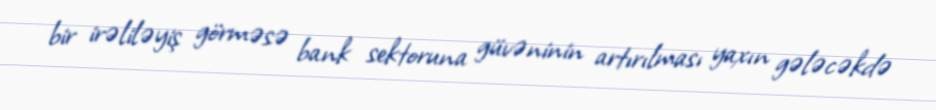
bir irəliləyiş görməsə bank sektoruna güvəninin artırılması yaxın gələcəkdə